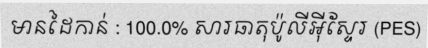
មានដៃកាន់ : 100.0% សារធាតុប៉ូលីអ៊ីស្ទែរ (PES)